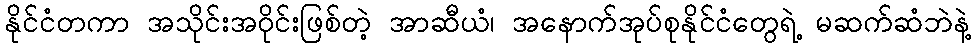
နိုင်ငံတကာ အသိုင်းအဝိုင်းဖြစ်တဲ့ အာဆီယံ၊ အနောက်အုပ်စုနိုင်ငံတွေရဲ့ မဆက်ဆံဘဲနဲ့